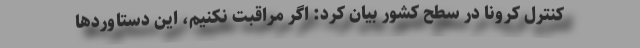
کنترل کرونا در سطح کشور بیان کرد: اگر مراقبت نکنیم، این دستاوردها